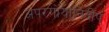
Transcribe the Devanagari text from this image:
अपरगोयानिदीपं